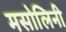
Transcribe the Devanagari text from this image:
मसोलिनी